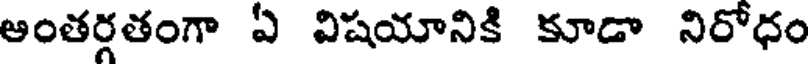
అంతర్గతంగా ఏ విషయానికి కూడా నిరోధం